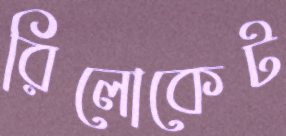
রিলোকেট